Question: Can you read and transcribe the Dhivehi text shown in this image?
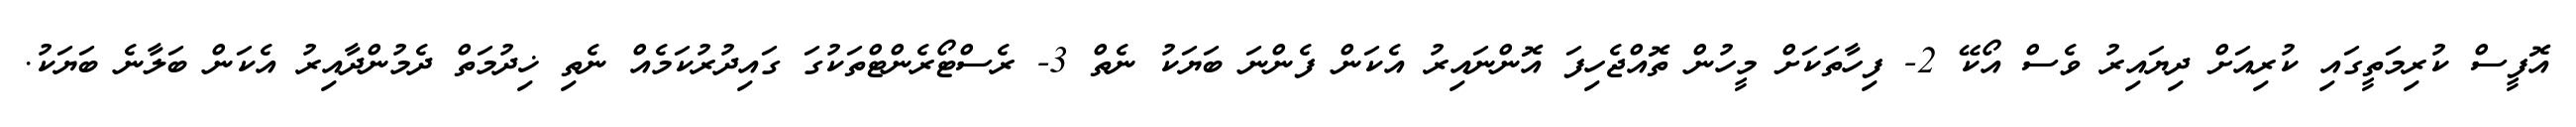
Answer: އޮފީސް ކުރިމަތީގައި ކުރިއަށް ދިޔައިރު ވެސް އޯކޭ 2- ފިހާތަކަށް މީހުން ތޮއްޖެހިފަ އޮންނައިރު އެކަން ފެންނަ ބަޔަކު ނެތް 3- ރެސްޓޯރެންޓްތަކުގަ ގައިދުރުކަމެއް ނެތި ޚިދުމަތް ދެމުންދާއިރު އެކަން ބަލާނެ ބަޔަކު.